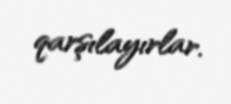
qarşılayırlar.